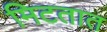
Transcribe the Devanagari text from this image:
मिटतात